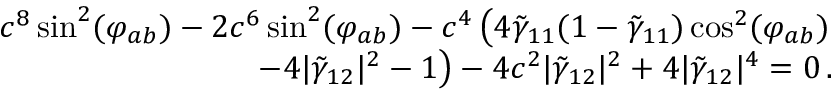
\begin{array} { r l r } & { } & { c ^ { 8 } \sin ^ { 2 } ( \varphi _ { a b } ) - 2 c ^ { 6 } \sin ^ { 2 } ( \varphi _ { a b } ) - c ^ { 4 } \left( 4 \tilde { \gamma } _ { 1 1 } ( 1 - \tilde { \gamma } _ { 1 1 } ) \cos ^ { 2 } ( \varphi _ { a b } ) \right. } \\ & { } & { \left. - 4 | \tilde { \gamma } _ { 1 2 } | ^ { 2 } - 1 \right) - 4 c ^ { 2 } | \tilde { \gamma } _ { 1 2 } | ^ { 2 } + 4 | \tilde { \gamma } _ { 1 2 } | ^ { 4 } = 0 \, . } \end{array}